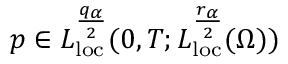
p \in L _ { \mathrm { l o c } } ^ { \frac { q _ { \alpha } } { 2 } } ( 0 , T ; L _ { \mathrm { l o c } } ^ { \frac { r _ { \alpha } } { 2 } } ( \Omega ) )